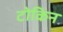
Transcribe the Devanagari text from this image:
टोकिन